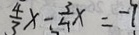
\frac { 4 } { 3 } x - \frac { 3 } { 4 } x = - 7